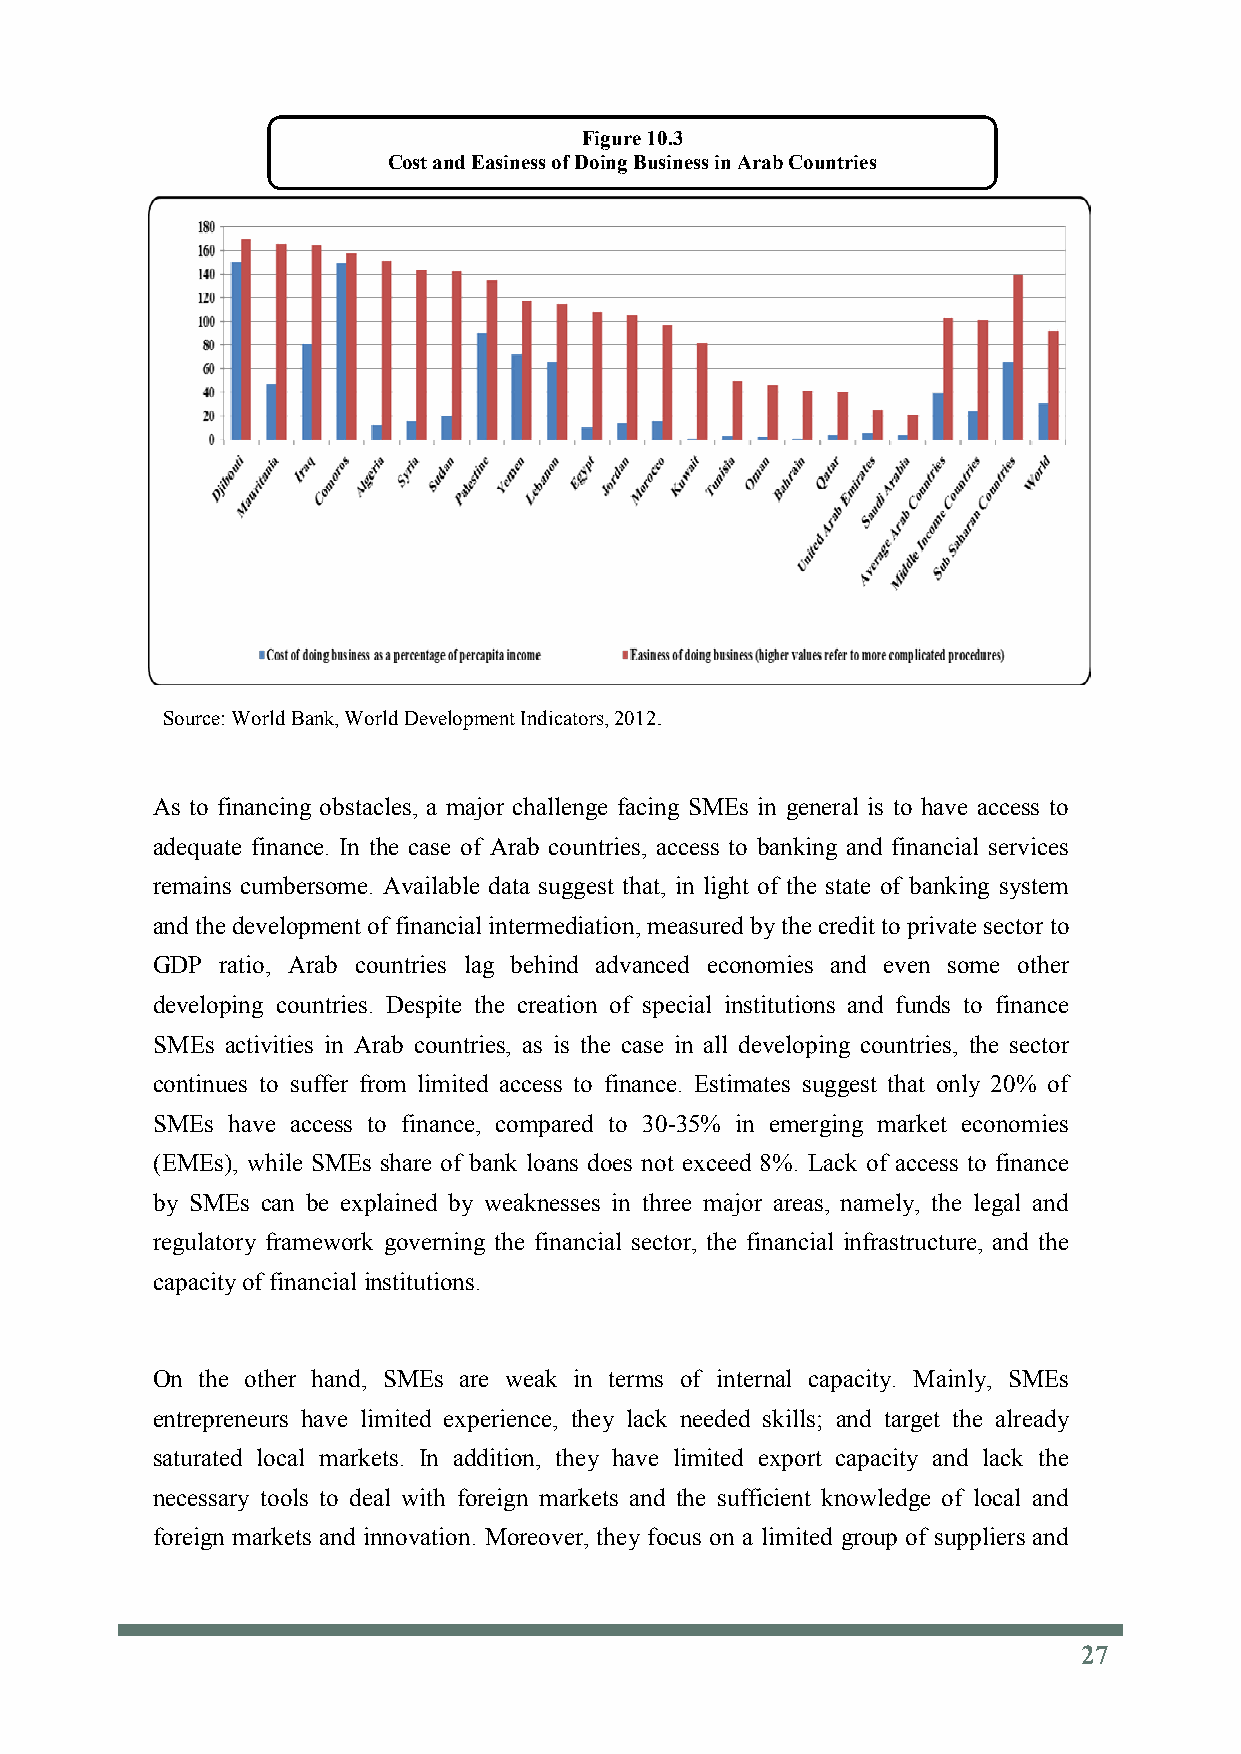
Figure 10.3
 Cost and Easiness of Doing Business in Arab Countries
 Source: World Bank, World Development Indicators, 2012.
 As to financing obstacles, a major challenge facing SMEs in general is to have access to
 adequate finance. In the case of Arab countries, access to banking and financial services
 remains cumbersome. Available data suggest that, in light of the state of banking system
 and the development of financial intermediation, measured by the credit to private sector to
 GDP  ratio, Arab countries lag behind advanced economies and even some other
 developing countries. Despite the creation of special institutions and funds to finance
 SMEs activities in Arab countries, as is the case in all developing countries, the sector
 continues to suffer from limited access to finance. Estimates suggest that only 20% of
 SMEs have access to finance, compared to 30-35% in emerging market economies
 (EMEs), while SMEs share of bank loans does not exceed 8%. Lack of access to finance
 by SMEs can be explained by weaknesses in three major areas, namely, the legal and
 regulatory framework governing the financial sector, the financial infrastructure, and the
 capacity of financialinstitutions.
 On the other hand, SMEs are weak in terms of internal capacity. Mainly, SMEs
 entrepreneurs have limited experience, they lack needed skills; and target the already
 saturated local markets. In addition, they have limited export capacity and lack the
 necessary tools to deal with foreign markets and the sufficient knowledge of local and
 foreign markets and innovation. Moreover, they focus on a limited group of suppliers and
 27
 27